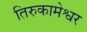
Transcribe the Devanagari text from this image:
तिरुकामेश्वर